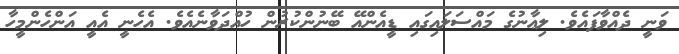
ވަނީ ދެއްވާފައެވެ. ލިޢާނުގެ މައްސަލައިގައި ޑީއެންއޭ ބޭނުންކުރުން ހުއްދަވާނެއެވެ. އެހެނީ އެއީ އަންހެންމީހާ